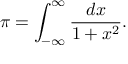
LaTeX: \pi = \int _ { - \infty } ^ { \infty } { \frac { d x } { 1 + x ^ { 2 } } } .